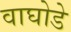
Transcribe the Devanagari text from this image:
वाघोडे